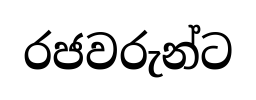
රජවරුන්ට